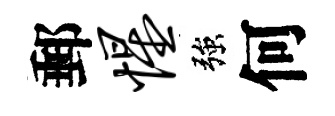
郵惺強何